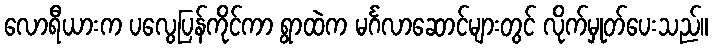
လောရီယားက ပလွေပြန်ကိုင်ကာ ရွာထဲက မင်္ဂလာဆောင်များတွင် လိုက်မှုတ်ပေးသည်။